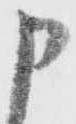
申